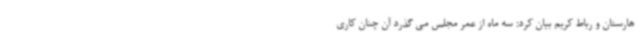
هارستان و رباط کریم بیان کرد: سه ماه از عمر مجلس می گذرد آن چنان کاری